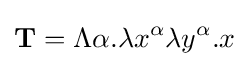
\mathbf {T} =\Lambda \alpha {.}\lambda x^{\alpha }\lambda y^{\alpha }{.}x